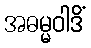
အဓမ္မဝါဒိံ